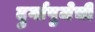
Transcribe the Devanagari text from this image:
दुर्गापुजेची